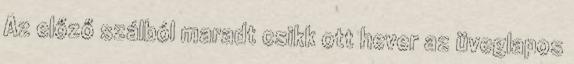
Az előző szálból maradt csikk ott hever az üveglapos